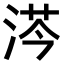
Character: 𣷏